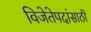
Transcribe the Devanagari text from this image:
विजेतेपदांसाठी